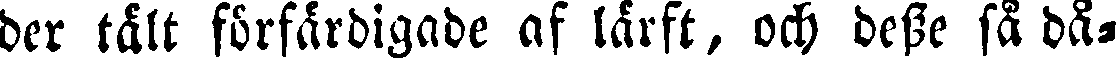
der tält förfärdigade af lärft, och desse så då-